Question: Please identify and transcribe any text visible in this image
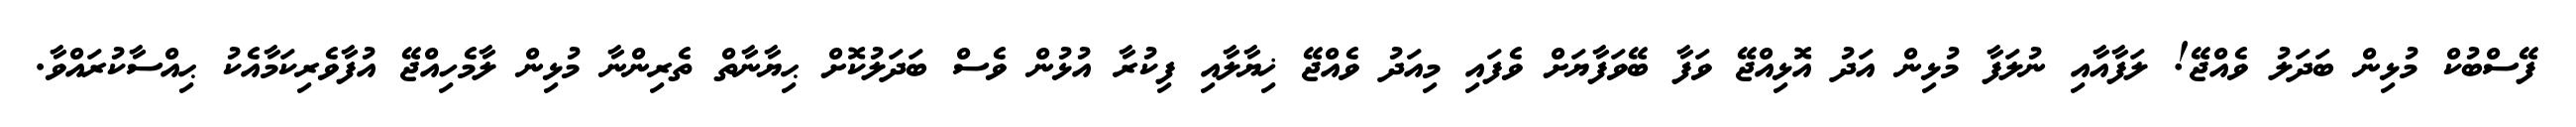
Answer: ފޭސްބުކް މުޅިން ބަދަލު ވެއްޖޭ! ލަފާއާއި ނުލަފާ މުޅިން އަދު އޮޅިއްޖޭ ވަފާ ބޭވަފާޔަށް ވެފައި މިއަދު ވެއްޖޭ ޚިޔާލާއި ފިކުރާ އުޅުން ވެސް ބަދަލުކޮށް ޙިޔާނާތް ތެރިންނާ މުޅިން ލާމެހިއްޖޭ އުފާވެރިކަމާއެކު ޙިއްސާކުރައްވާ.